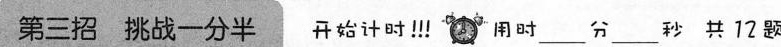
第三招 挑战一分半 开始计时！用时___分___秒 共12题